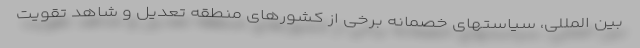
بین المللی، سیاستهای خصمانه برخی از کشورهای منطقه تعدیل و شاهد تقویت